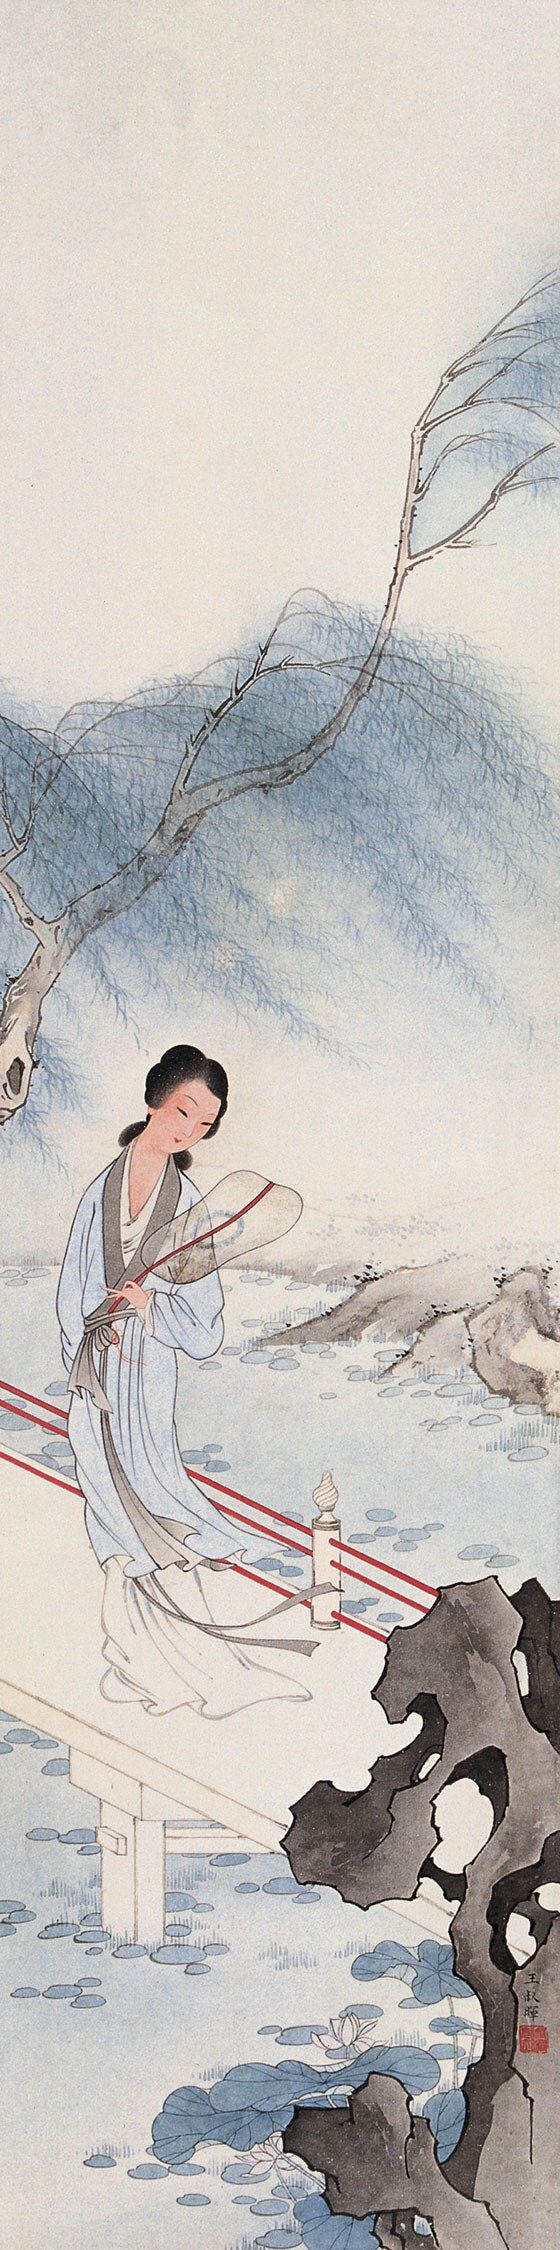
低花树映小妆楼，春入眉心两点愁。